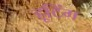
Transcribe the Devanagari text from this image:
हूटिंग